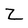
Character: Z